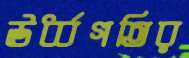
ঊর্ধ্বগতির